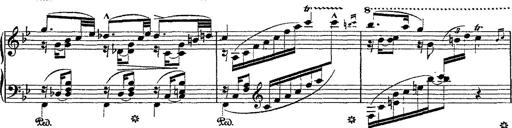
Title: Fantaisie romantique sur deux mÃ©lodies suisses
Composer: Franz Liszt